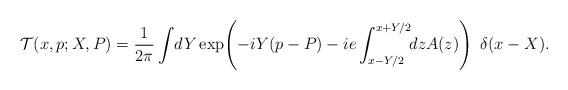
LaTeX: \begin{align*}{\cal T}(x,p;X,P)=\frac{1}{2\pi} \int\!dY \exp\! \left ( -iY(p-P) -ie \int^{x+Y/2}_{x-Y/2} \!\! dz A(z) \right ) ~ \delta (x-X).\end{align*}